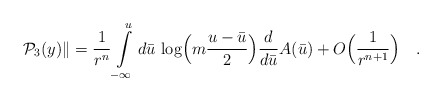
\begin{align*}{\cal P}_3(y)\|=\frac{1}{r^n}\int\limits^u_{-\infty}d{\bar u}\,\log\Bigl(m\frac{u-{\bar u}}{2}\Bigr)\frac{d}{d{\bar u}}A({\bar u})+O\Bigl(\frac{1}{r^{n+1}}\Bigr)\quad .\end{align*}